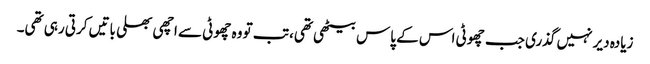
زیادہ دیر نہیں گذری جب چھوٹی اس کے پاس بیٹھی تھی، تب تو وہ چھوٹی سے اچھی بھلی باتیں کرتی رہی تھی۔